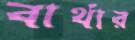
বার্থার